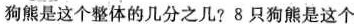
狗熊是这个整体的几分之几?8只狗熊是这个